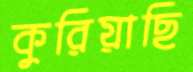
কুরিয়াছি